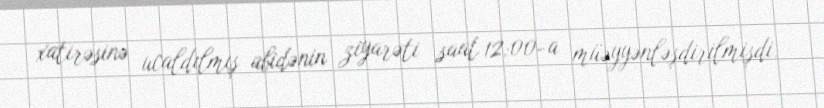
xatirəsinə ucaldılmış abidənin ziyarəti saat 12:00-a müəyyənləşdirilmişdi.